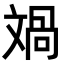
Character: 𣁘